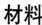
材料